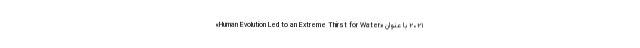
۲۰۲۱ با عنوان «Human Evolution Led to an Extreme Thirst for Water»